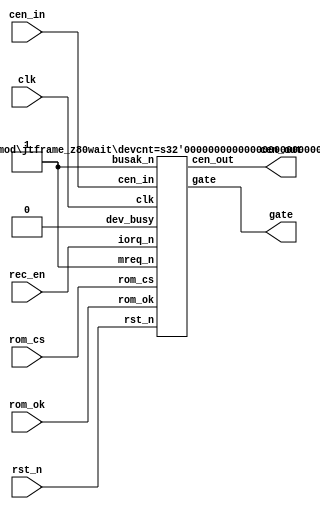
// This program was cloned from: https://github.com/atrac17/Toaplan2
// License: GNU General Public License v3.0

/*  This file is part of JT_FRAME.
    JTFRAME program is free software: you can redistribute it and/or modify
    it under the terms of the GNU General Public License as published by
    the Free Software Foundation, either version 3 of the License, or
    (at your option) any later version.

    JTFRAME program is distributed in the hope that it will be useful,
    but WITHOUT ANY WARRANTY; without even the implied warranty of
    MERCHANTABILITY or FITNESS FOR A PARTICULAR PURPOSE.  See the
    GNU General Public License for more details.

    You should have received a copy of the GNU General Public License
    along with JTFRAME.  If not, see <http://www.gnu.org/licenses/>.

    Author: Jose Tejada Gomez. Twitter: @topapate
    Version: 1.0
    Date: 1-1-2020 */

module jtframe_rom_wait(
    input       rst_n,
    input       clk,
    input       cen_in,
    input       rec_en,
    output      cen_out,
    output      gate,
    // manage access to ROM data from SDRAM
    input       rom_cs,
    input       rom_ok
);
    jtframe_z80wait #(1) u_wait(
        .rst_n      ( rst_n     ),
        .clk        ( clk       ),
        .cen_in     ( cen_in    ),
        .cen_out    ( cen_out   ),
        .gate       ( gate      ),
        .iorq_n     ( rec_en    ),
        .mreq_n     ( 1'b1      ),
        .busak_n    ( 1'b1      ),
        // manage access to shared memory
        .dev_busy   ( 1'b0      ),
        // manage access to ROM data from SDRAM
        .rom_cs     ( rom_cs    ),
        .rom_ok     ( rom_ok    )
    );
endmodule

/////////////////////////////////////////////////////////////
/////////////////////////////////////////////////////////////
/////////////////////////////////////////////////////////////
/////////////////////////////////////////////////////////////

module jtframe_dual_wait #(parameter devcnt=2)(
    input       rst_n,
    input       clk,
    input  [1:0]     cen_in,
    output reg [1:0] cen_out,
    output           gate,
    // manage access to shared memory
    input  [devcnt-1:0] dev_busy,
    // manage access to ROM data from SDRAM
    input       rom_cs,
    input       rom_ok
);

/////////////////////////////////////////////////////////////////
// wait_n generation
reg last_rom_cs;
wire rom_cs_posedge = !last_rom_cs && rom_cs;
wire rom_bad = rom_cs && !rom_ok || rom_cs_posedge;

reg [1:0] mark, gated_at;
reg       locked, latched;
assign gate = !( rom_bad || dev_busy || locked || latched);
wire bus_ok = (rom_ok||!rom_cs) && !dev_busy;

always @(posedge clk, negedge rst_n) begin
    if( !rst_n ) begin
        gated_at <= 1'b0;
        latched  <= 1'b0;
    end else begin
        if(cen_in[0]) mark <= 2'b01;
        if(cen_in[1]) mark <= 2'b10;
        if(locked) begin
            gated_at <= mark;
            latched  <= 1'b1;
        end
        latched <= locked;
        if(bus_ok && !locked && latched) begin
            if( gated_at[0] & cen_in[1] ) latched <= 1'b0;
            if( gated_at[1] & cen_in[0] ) latched <= 1'b0;
        end
    end
end

always @(posedge clk)
    cen_out <= cen_in & {2{gate}};


always @(posedge clk or negedge rst_n) begin
    if( !rst_n ) begin
        last_rom_cs <= 1'b1;
        locked      <= 1'b0;
    end else begin
        last_rom_cs <= rom_cs;
        if( rom_bad || dev_busy) begin
            locked  <= 1'b1;
        end
        else begin
            locked <= 1'b0;
        end
    end
end

endmodule

module jtframe_z80wait #(parameter devcnt=2)(
    input       rst_n,
    input       clk,
    input       cen_in,
    output reg  cen_out,
    output      gate,
    // Recover cycles
    input       mreq_n,
    input       iorq_n,
    input       busak_n,
    // manage access to shared memory
    input  [devcnt-1:0] dev_busy,
    // manage access to ROM data from SDRAM
    input       rom_cs,
    input       rom_ok
);

/////////////////////////////////////////////////////////////////
// wait_n generation
reg last_rom_cs;
wire rom_cs_posedge = !last_rom_cs && rom_cs;

reg        locked, rec, start;
wire       rom_bad, rec_en;
reg  [3:0] miss_cnt;

// wire bus_ok = (rom_ok||!rom_cs) && !dev_busy;

assign gate    = !(rom_bad || dev_busy || locked );
assign rom_bad = (rom_cs && !rom_ok) || rom_cs_posedge;
assign rec_en  = 0; //&{mreq_n, iorq_n, busak_n};

always @(*) begin
    rec = 0;
    if( miss_cnt!=0 && !cen_in && rec_en )
        rec = 1;
end

always @(posedge clk, negedge rst_n) begin
    if( !rst_n ) begin
        miss_cnt <= 4'd0;
    end else begin
        if( !start ) begin
            miss_cnt <= 4'd0;
        end else begin
            if( cen_in && !gate ) begin
                if( ~&miss_cnt ) miss_cnt <= miss_cnt+4'd1;
            end else if( rec ) begin
                if( miss_cnt!=0 ) miss_cnt <= miss_cnt - 4'd1;
            end
        end
    end
end

always @(*)
    cen_out = (cen_in & gate) | rec;

always @(posedge clk or negedge rst_n) begin
    if( !rst_n ) begin
        last_rom_cs <= 1'b1;
        locked      <= 1'b0;
        start       <= 0;
    end else begin
        last_rom_cs <= rom_cs;
        if(rom_bad || dev_busy) begin
            locked  <= 1'b1;
        end
        else begin
            locked <= 1'b0;
            start  <= 1;
        end
    end
end

`ifdef SIMULATION
// Count how often there are delays because of ROM waits
integer misses=0;
always @(posedge cen_in) if(!gate) misses<=misses+1;
`endif

endmodule // jtframe_z80wait